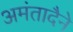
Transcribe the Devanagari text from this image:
अमंतादैने